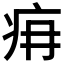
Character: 𤴿